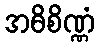
အဓိစိဏ္ဏံ